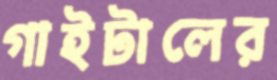
গাইটালের